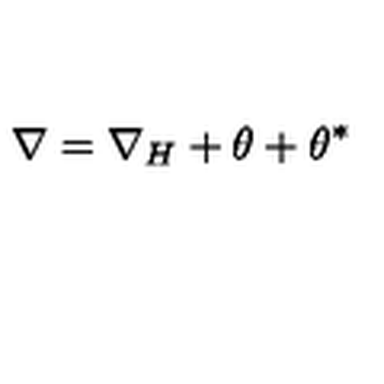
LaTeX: \nabla = \nabla _ { H } + \theta + \theta ^ { * }